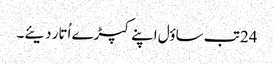
24 تب ساؤل اپنے کپڑے اُتار دیئے۔